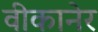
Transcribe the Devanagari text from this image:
वीकानेर